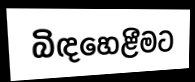
බිඳහෙළීමට